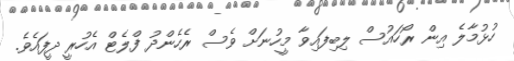
ހުޅުމާލެ އިން ރޯހައުސް ލިބިފައިވާ މީހުނަށް ވެސް ރެހެންދު ފްލެޓް އެހުރީ ދީފައެވެ.